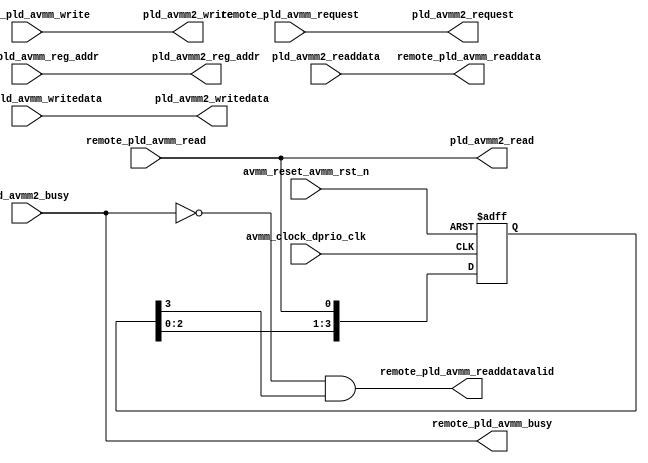
// This program was cloned from: https://github.com/chipsalliance/aib-phy-hardware
// License: Apache License 2.0

// SPDX-License-Identifier: Apache-2.0
// Copyright (C) 2019 Intel Corporation. 
module c3aibadapt_avmm2_config
(
input   wire            avmm_clock_dprio_clk, 
input   wire            avmm_reset_avmm_rst_n,

// From AVMM Transfer 
input   wire            remote_pld_avmm_read,
input   wire    [8:0]   remote_pld_avmm_reg_addr,	
input   wire            remote_pld_avmm_request,
input   wire            remote_pld_avmm_write,
input   wire    [7:0]   remote_pld_avmm_writedata,	

// From NF HSSI
input   wire            pld_avmm2_busy,	
input   wire    [7:0]   pld_avmm2_readdata,

// To AVMM Transfer
output  wire            remote_pld_avmm_busy,
output  wire    [7:0]   remote_pld_avmm_readdata,	
output  wire            remote_pld_avmm_readdatavalid,

// To NF HSSI
output  wire            pld_avmm2_read,	
output  wire    [8:0]   pld_avmm2_reg_addr,	
output  wire            pld_avmm2_request,
output  wire            pld_avmm2_write,
output  wire    [7:0]   pld_avmm2_writedata
);

reg [3:0] avmm2_readdatavalid_int;

// To/From NF HSSI 
assign pld_avmm2_read     = remote_pld_avmm_read;
assign pld_avmm2_reg_addr = remote_pld_avmm_reg_addr;
assign pld_avmm2_request  = remote_pld_avmm_request;
assign pld_avmm2_write    = remote_pld_avmm_write;
assign pld_avmm2_writedata= remote_pld_avmm_writedata;

assign remote_pld_avmm_busy     = pld_avmm2_busy;

// generate readdatavalid based on received read
always @(negedge avmm_reset_avmm_rst_n or posedge avmm_clock_dprio_clk)
  if (avmm_reset_avmm_rst_n == 1'b0)
    begin
      avmm2_readdatavalid_int <= 4'b0000;
    end
  else
    begin
      avmm2_readdatavalid_int <= {avmm2_readdatavalid_int[2:0],remote_pld_avmm_read};
    end


assign remote_pld_avmm_readdatavalid = !remote_pld_avmm_busy && avmm2_readdatavalid_int[3];
assign remote_pld_avmm_readdata      = pld_avmm2_readdata;
 
endmodule